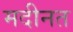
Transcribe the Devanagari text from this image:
मदीनत